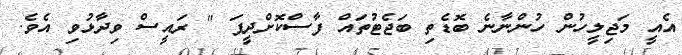
އެއީ މަޖިލީހުން ހުންނާނެ ބޮޑެތި ބަޖެޓުތައް ފާސްކޮށްދީފަ " ރައީސް ވިދާޅުވި އެވެ.